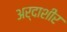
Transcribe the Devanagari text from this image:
अर्दाशीर